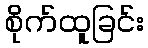
စိုက်ထူခြင်း